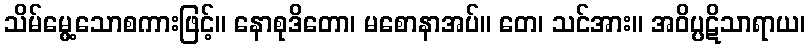
သိမ်မွေ့သောစကားဖြင့်။ နောစုဒိတော၊ မစောနာအပ်။ တေ၊ သင်အား။ အဝိပ္ပဋိသာရာယ၊